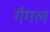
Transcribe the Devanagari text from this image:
गैगल